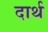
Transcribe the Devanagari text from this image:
दार्थ